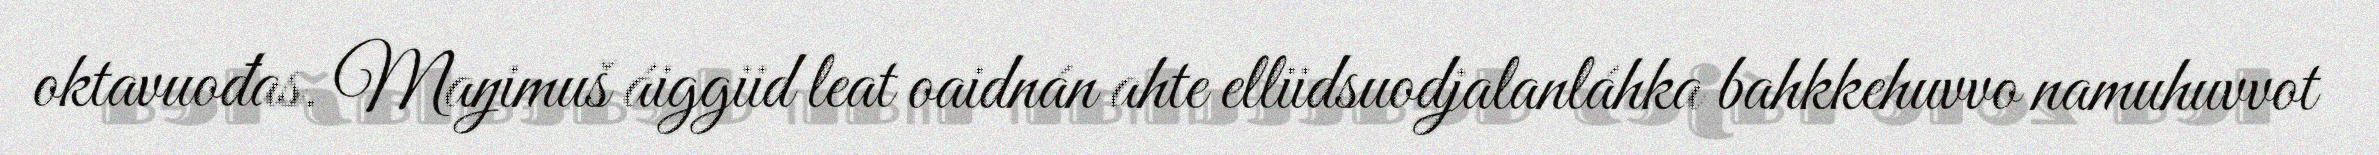
oktavuođas. Maŋimuš áiggiid leat oaidnán ahte elliidsuodjalanláhka bahkkehuvvo namuhuvvot